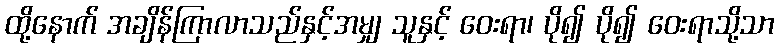
ထို့နောက် အချိန်ကြာလာသည်နှင့်အမျှ သူနှင့် ဝေးရာ၊ ပို၍ ပို၍ ဝေးရာသို့သာ